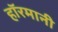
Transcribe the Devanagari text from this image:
हाॅरमानी